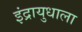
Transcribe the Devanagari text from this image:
इंद्रायुधाला